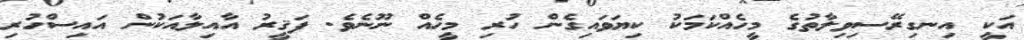
އަކީ އިނގިރޭސިވިލާތުގެ މީހެއްކަމަކު ކިޔަވައިގެން ހުރި މީހެއް ނޫނެވެ. ފަޤީރު އާއިލާއަކުން އައިސްހުރި